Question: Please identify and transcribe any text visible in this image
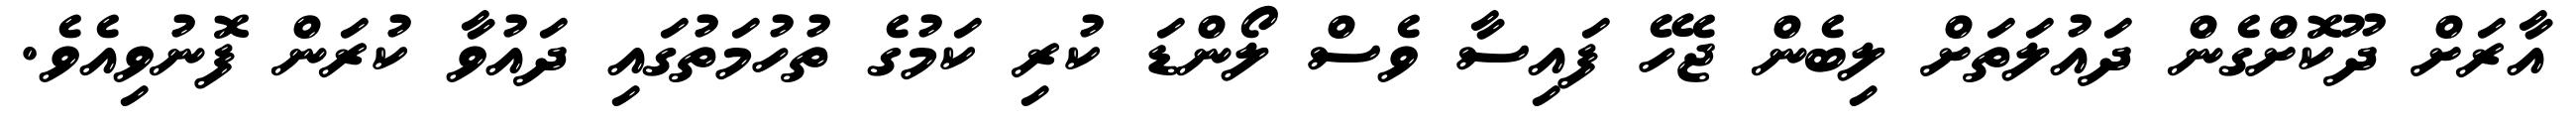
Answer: އާރަށް ދޫކޮށްގެން ދައުލަތަށް ލިބެން ޖެހޭ ފައިސާ ވެސް ލޯންޑަ ކުރި ކަމުގެ ތުހުމަތުގައި ދައުވާ ކުރަން ފޮނުވިއެވެ.